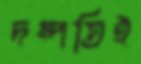
দম্পতিই